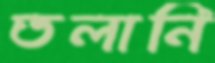
তলানি